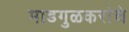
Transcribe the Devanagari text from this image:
माडगुळकरांचे